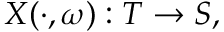
X ( \cdot , \omega ) : T \rightarrow S ,